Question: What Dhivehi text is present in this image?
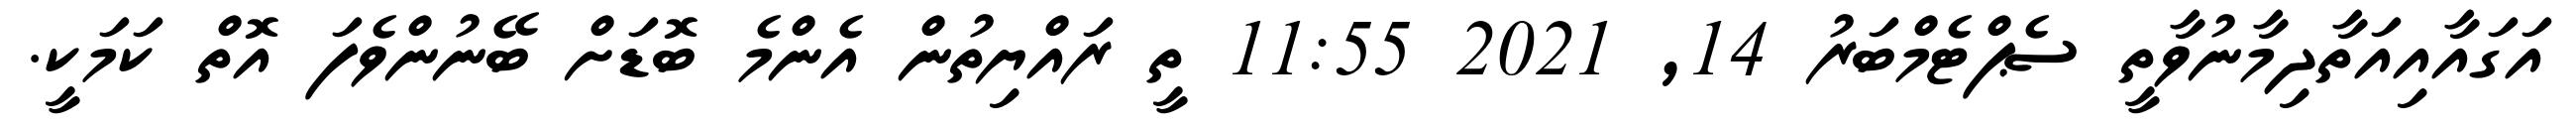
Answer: އަގައާއިއަތާދިމާނުވާތީ ސެޕްޓެމްބަރު 14, 2021 11:55 ތީ ރައްޔިތުން އެންމެ ބޮޑަށް ބޭނުންވެފަ އޮތް ކަމަކީ.